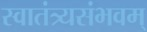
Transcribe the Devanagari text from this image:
स्वातंत्र्यसंभवम्